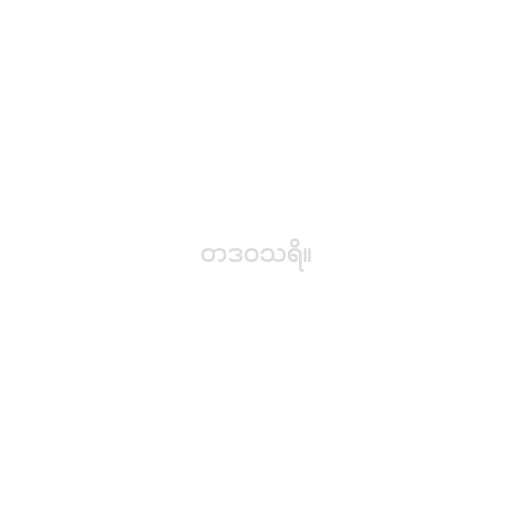
တဒဝသရိ။